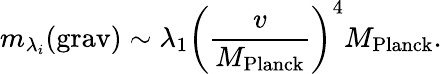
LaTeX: m_{\lambda_{i}}(\mathrm{grav})\sim\lambda_{1}\left(\frac{v}{M_{\mathrm{Planck}}}\right)^{4}M_{\mathrm{Planck}}.